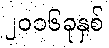
၂၀၁၆ခုနှစ်